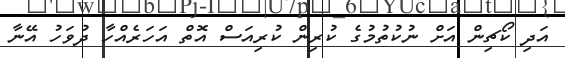
އަދި ކޯޗިން އަށް ނުކުތުމުގެ ކުރިން ކުރިއަސް އޮތް އަހަރެއްހާ ދުވަހު އޭނާ